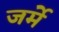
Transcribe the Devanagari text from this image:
जर्मे